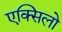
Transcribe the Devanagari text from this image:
एक्सिलो